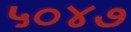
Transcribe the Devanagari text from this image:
५०४७